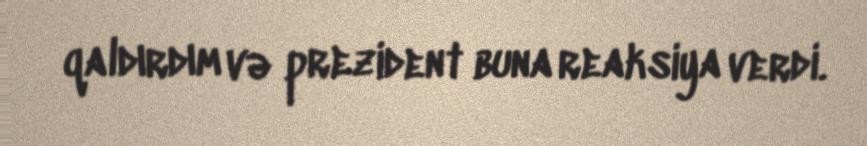
qaldırdım və prezident buna reaksiya verdi.